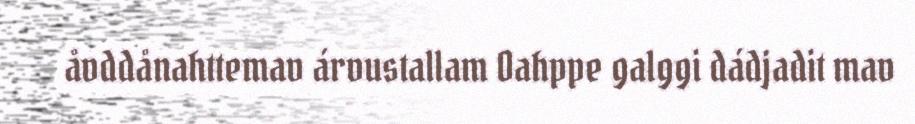
åvddånahttemav árvustallam Oahppe galggi dádjadit mav